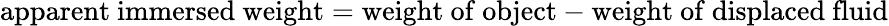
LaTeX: {\mathrm{apparent~immersed~weight}}={\mathrm{weight~of~object}}-{\mathrm{weight~of~displaced~fluid}}